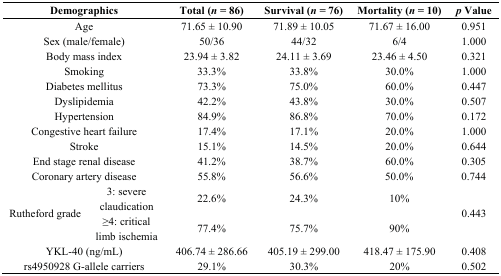
| <COLSPAN=2> Demographics | Total (n = 86) | Survival (n = 76) | Mortality (n = 10) | p Value |
 | --- | --- | --- | --- | --- | --- |
 | <COLSPAN=2> Age | 71.65 ± 10.90 | 71.89 ± 10.05 | 71.67 ± 16.00 | 0.951 |
 | <COLSPAN=2> Sex (male/female) | 50/36 | 44/32 | 6/4 | 1.000 |
 | <COLSPAN=2> Body mass index | 23.94 ± 3.82 | 24.11 ± 3.69 | 23.46 ± 4.50 | 0.321 |
 | <COLSPAN=2> Smoking | 33.3% | 33.8% | 30.0% | 1.000 |
 | <COLSPAN=2> Diabetes mellitus | 73.3% | 75.0% | 60.0% | 0.447 |
 | <COLSPAN=2> Dyslipidemia | 42.2% | 43.8% | 30.0% | 0.507 |
 | <COLSPAN=2> Hypertension | 84.9% | 86.8% | 70.0% | 0.172 |
 | <COLSPAN=2> Congestive heart failure | 17.4% | 17.1% | 20.0% | 1.000 |
 | <COLSPAN=2> Stroke | 15.1% | 14.5% | 20.0% | 0.644 |
 | <COLSPAN=2> End stage renal disease | 41.2% | 38.7% | 60.0% | 0.305 |
 | <COLSPAN=2> Coronary artery disease | 55.8% | 56.6% | 50.0% | 0.744 |
 | <ROWSPAN=2> Rutheford grade | 3: severe claudication | 22.6% | 24.3% | 10% | <ROWSPAN=2> 0.443 |
 | ≥4: critical limb ischemia | 77.4% | 75.7% | 90% |
 | <COLSPAN=2> YKL-40 (ng/mL) | 406.74 ± 286.66 | 405.19 ± 299.00 | 418.47 ± 175.90 | 0.408 |
 | <COLSPAN=2> rs4950928 G-allele carriers | 29.1% | 30.3% | 20% | 0.502 |